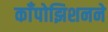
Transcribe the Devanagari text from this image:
काँपोझिशनने